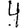
Digit: 4